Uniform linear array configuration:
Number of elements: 8
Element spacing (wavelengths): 0.5
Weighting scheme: binomial
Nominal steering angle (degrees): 60
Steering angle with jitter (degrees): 61.39
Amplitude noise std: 0.05
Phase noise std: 0.05

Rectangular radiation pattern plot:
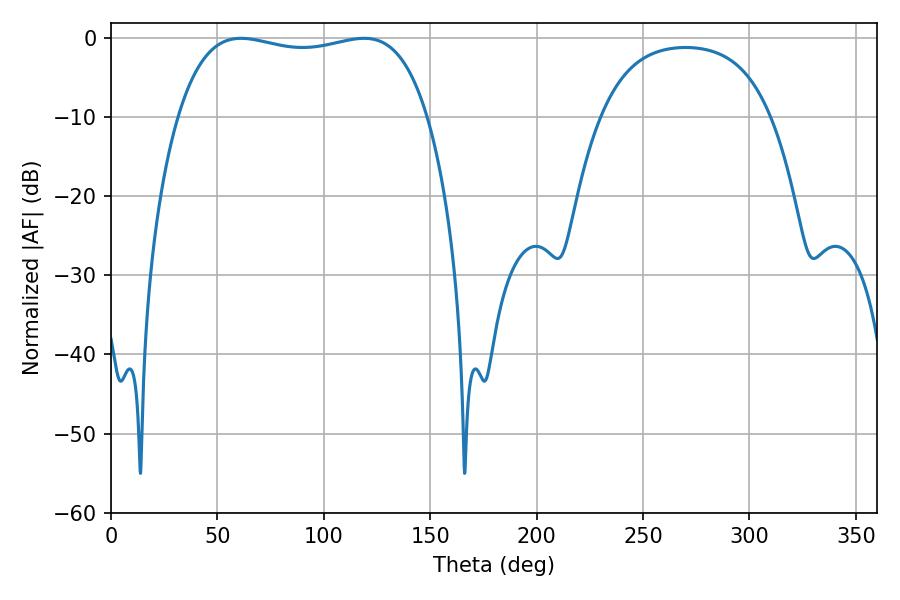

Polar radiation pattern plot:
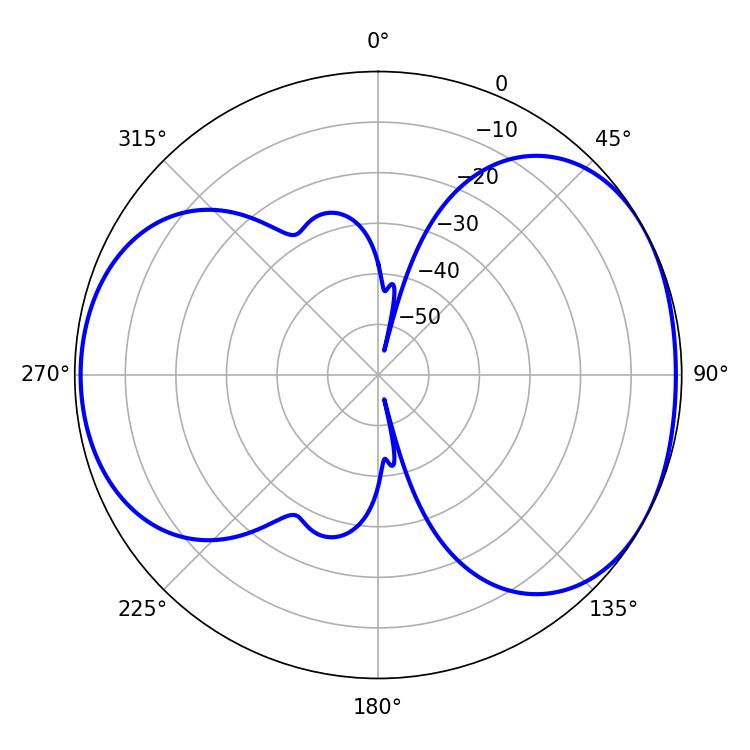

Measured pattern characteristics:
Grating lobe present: FALSE
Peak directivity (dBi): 4.86
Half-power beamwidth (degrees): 94.68
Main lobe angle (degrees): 61.02